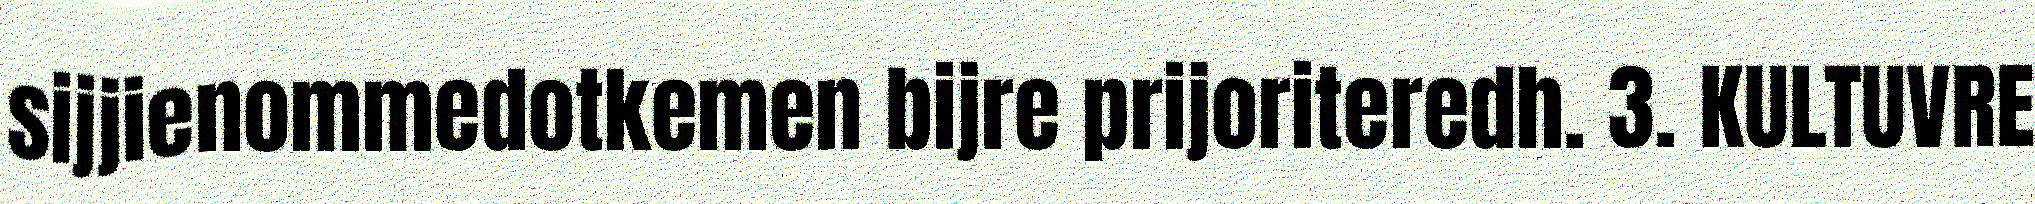
sijjienommedotkemen bijre prijoriteredh. 3. KULTUVRE